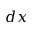
d x